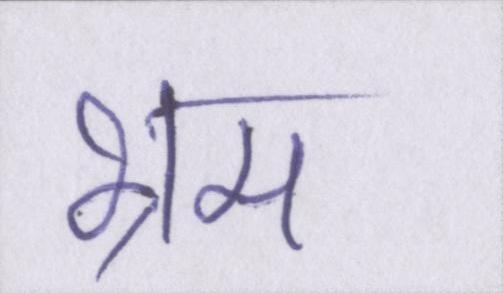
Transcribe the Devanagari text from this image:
भ्रम